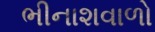
ભીનાશવાળો